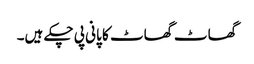
گھاٹ گھاٹ کا پانی پی چکے ہیں۔